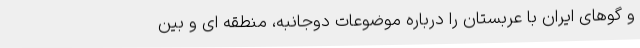
و گوهای ایران با عربستان را درباره موضوعات دوجانبه، منطقه ای و بین